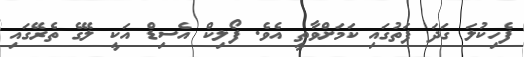
ފެހިކުލަ ގަދަ ފަތުގައި ކަމަށްވާތީ އެވެ. ފޯލިކް އެސިޑް އަކީ ލޭގެ ތެރޭގައި